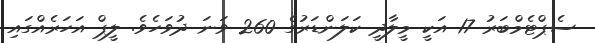
ސެޕްޓެމްބަރު 17 އަކީ މީލާދީ ކަލަންޑަރުގެ 260 ވަނަ ދުވަހެވެ. ލީޕް އަހަރެއްގައި